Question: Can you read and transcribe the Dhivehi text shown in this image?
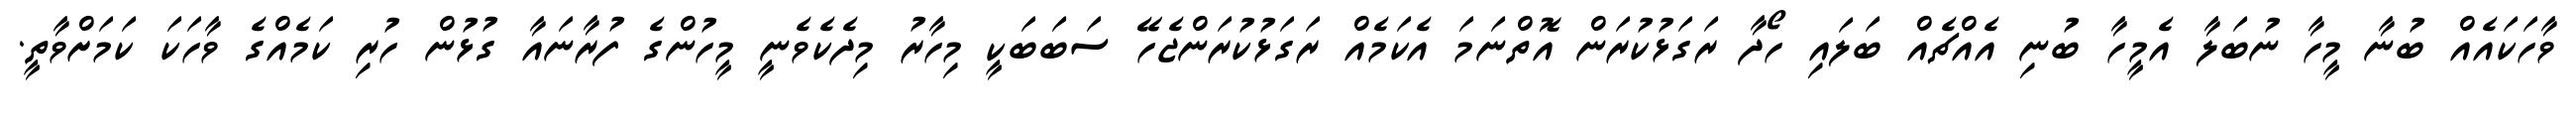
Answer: ވާހަކައެއް ބުނާ މީހާ ނުބަލާ އެމީހާ ބުނި އެއްޗެއް ބަލައި ހޯދާ ރަގަޅުކުރަން އޮތްނަމަ އެކަމެއް ރަގަޅުކުރަންޖެހޭ ސަބަބަކީ މިހާރު މިދެކެވެނީ މީހުންގެ ފުރާނައާ ގުޅުން ހުރި ކަމެއްގެ ވާހަކަ ކަމަށްވާތީ.